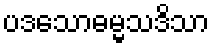
ပဒသောဓမ္မသဒိသာ